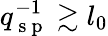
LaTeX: q_{\mathrm{~s~p~}}^{-1}\gtrsim l_{0}